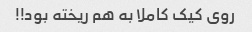
روی کیک کاملا به هم ریخته بود!!